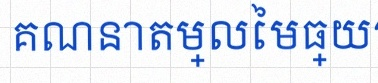
គណនាតម្លៃមធ្យម